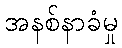
အနစ်နာခံမှု